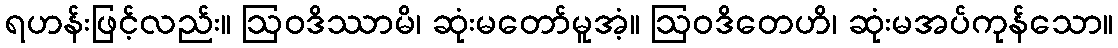
ရဟန်းဖြင့်လည်း။ ဩဝဒိဿာမိ၊ ဆုံးမတော်မူအံ့။ ဩဝဒိတေဟိ၊ ဆုံးမအပ်ကုန်သော။